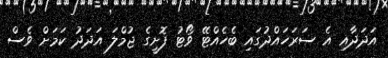
އަދަދާއި އެ ސަރަހައްދުގައި ބެހެއްޓޭ ވޯޓު ފޮށީގެ ޖުމްލަ އަދަދު ކަމަށް ވެސް